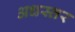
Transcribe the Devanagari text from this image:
अधस्तर